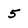
Character: 5